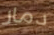
دمار